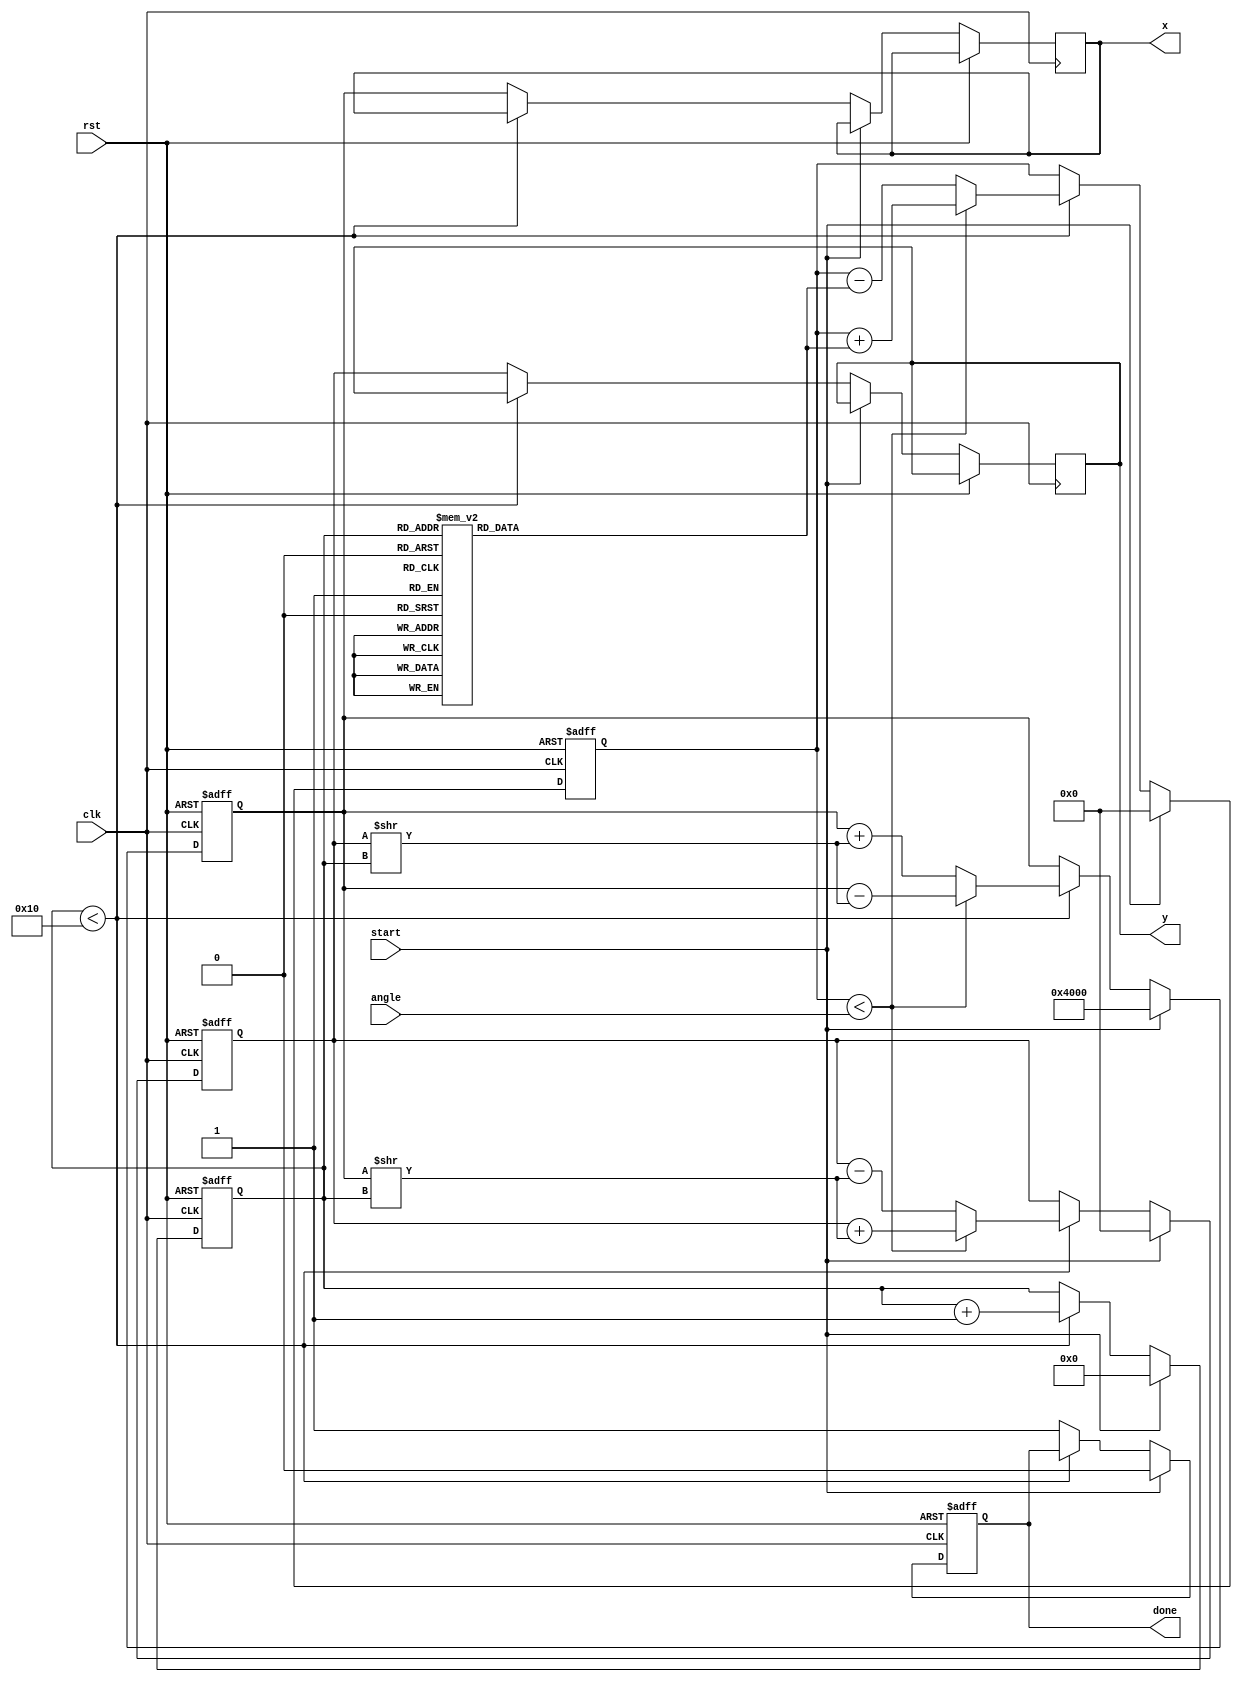
module cordic (
    input wire clk,
    input wire rst,
    input wire [15:0] angle, // Input angle in fixed-point representation
    input wire start,        // Start signal
    output reg [15:0] x,     // Output cosine
    output reg [15:0] y,     // Output sine
    output reg done          // Done signal
);

    parameter ITERATIONS = 16; // Number of iterations for CORDIC
    reg [15:0] x_reg, y_reg;    // Registers for x and y
    reg [15:0] angle_table [0:ITERATIONS-1]; // Angle lookup table
    reg [3:0] iteration;        // Iteration counter
    reg [15:0] angle_accum;     // Accumulated angle

    initial begin
        // Initialize angle lookup table (arctan(2^(-i)) for i = 0 to ITERATIONS-1)
        angle_table[0] = 16'h3C90; // 45 degrees
        angle_table[1] = 16'h1DAC; // 26.565 degrees
        angle_table[2] = 16'h0D1A; // 14.036 degrees
        angle_table[3] = 16'h0680; // 7.125 degrees
        angle_table[4] = 16'h0349; // 3.576 degrees
        angle_table[5] = 16'h01A7; // 1.789 degrees
        angle_table[6] = 16'h00D3; // 0.463 degrees
        angle_table[7] = 16'h0066; // 0.165 degrees
        angle_table[8] = 16'h0033; // 0.041 degrees
        angle_table[9] = 16'h0019; // 0.010 degrees
        angle_table[10] = 16'h000C; // 0.003 degrees
        angle_table[11] = 16'h0006; // 0.001 degrees
        angle_table[12] = 16'h0003; // 0.0003 degrees
        angle_table[13] = 16'h0002; // 0.00007 degrees
        angle_table[14] = 16'h0001; // 0.000017 degrees
        angle_table[15] = 16'h0000; // 0 degrees
    end

    always @(posedge clk or posedge rst) begin
        if (rst) begin
            x_reg <= 16'h4000; // Initial x = 1.0 (fixed-point)
            y_reg <= 16'h0000; // Initial y = 0.0
            angle_accum <= 16'h0000; // Initial angle = 0.0
            iteration <= 0;
            done <= 0;
        end else if (start) begin
            // Reset values
            x_reg <= 16'h4000; // Initial x = 1.0 (fixed-point)
            y_reg <= 16'h0000; // Initial y = 0.0
            angle_accum <= 16'h0000; // Initial angle = 0.0
            iteration <= 0;
            done <= 0;
        end else if (iteration < ITERATIONS) begin
            // CORDIC rotation logic
            if (angle_accum < angle) begin
                // Counter-clockwise rotation
                x_reg <= x_reg - (y_reg >> iteration);
                y_reg <= y_reg + (x_reg >> iteration);
                angle_accum <= angle_accum + angle_table[iteration];
            end else begin
                // Clockwise rotation
                x_reg <= x_reg + (y_reg >> iteration);
                y_reg <= y_reg - (x_reg >> iteration);
                angle_accum <= angle_accum - angle_table[iteration];
            end
            iteration <= iteration + 1;
        end else begin
            // Output final values
            x <= x_reg;
            y <= y_reg;
            done <= 1; // Indicate completion
        end
    end
endmodule